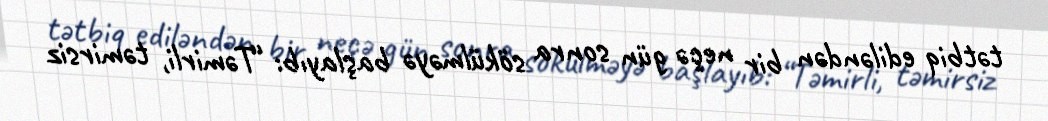
tətbiq ediləndən bir neçə gün sonra sökülməyə başlayıb: “Təmirli, təmirsiz